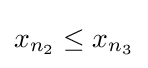
x_{n_{2}}\leq x_{n_{3}}